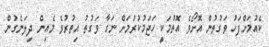
ކެއުމަށްފަހު ވަގުތުން އޮށޯވެ އޮތުމަކީ ހަޖަމުކުރުމަށް ނަގާ ވަގުތު އިތުރުވެ މެއިން ދިލަނެގުން